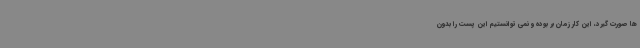
ها صورت گیرد، این کار زمان بر بوده و نمی توانستیم این پست را بدون